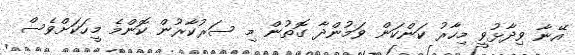
އޭނާ ވިދާޅުވީ މިހާރު ކަންކަން ވަމުންދާ ގޮތުން މި ސަރުކާރުން ކޮންމެ މީހަކަށްވެސް